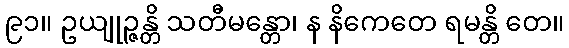
၉၁။ ဥယျုဉ္ဇန္တိ သတီမန္တော၊ န နိကေတေ ရမန္တိ တေ။